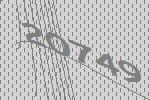
20749